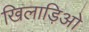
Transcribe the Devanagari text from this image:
खिलाड़िओ